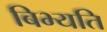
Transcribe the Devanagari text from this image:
बिभ्यति